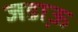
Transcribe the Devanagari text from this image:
जडा़ऊ